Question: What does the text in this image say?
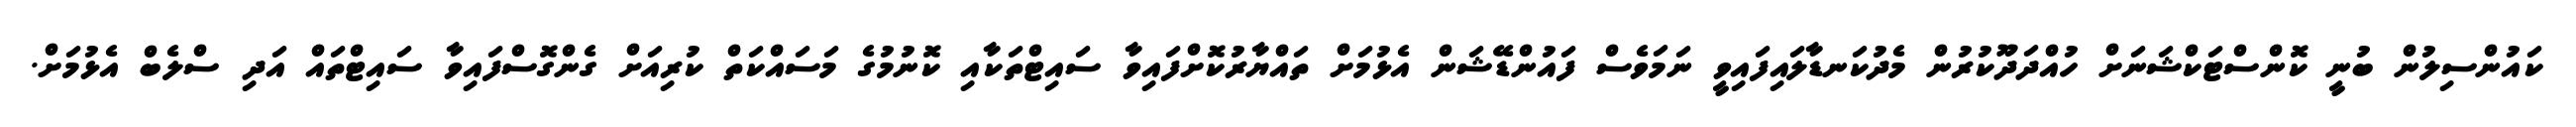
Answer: ކައުންސިލުން ބުނީ ކޮންސްޓަކްޝަނަށް ހުއްދަދޫކުރުން މެދުކަނޑާލައިފައިވީ ނަމަވެސް ފައުންޑޭޝަން އެޅުމަށް ތައްޔާރުކޮށްފައިވާ ސައިޓްތަކާއި ކޮނުމުގެ މަސައްކަތް ކުރިއަށް ގެންގޮސްފައިވާ ސައިޓްތައް އަދި ސްލެބް އެޅުމަށް.